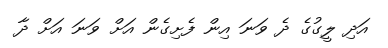
އަދި ލީގުގެ ދެ ވަނަ އިން ފެށިގެން އަށް ވަނަ އަށް ދާ